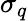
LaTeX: \sigma_{q}